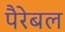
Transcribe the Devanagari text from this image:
पैरेबल